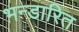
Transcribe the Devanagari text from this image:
भन्‍डारित